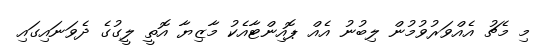
މި މެޗު އެއްވަރުވުމުން ލިބުނު އެއް ޕޮއިންޓާއެކު މާޒިޔާ އޮތީ ލީގުގެ ދެވަނައިގައި